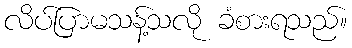
လိပ်ပြာမသန့်သလို ခံစားရသည်။